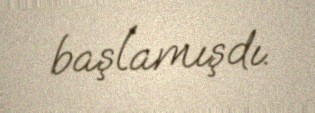
başlamışdı.